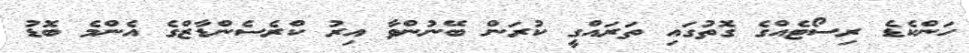
ހަންކެޑެ ރިސޯޓެއްގެ ގޮތުގައި ތަރައްގީ ކުރަން ބޭނުންވާ އިރު ކްރެސެންޑާޒްގެ އެންމެ ބޮޑު